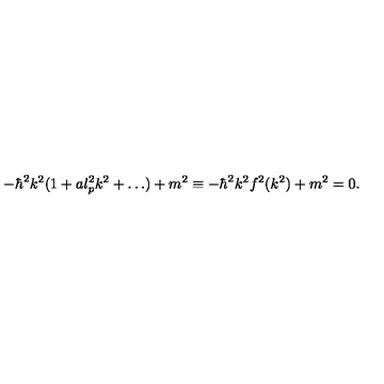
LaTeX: - \hbar ^ { 2 } k ^ { 2 } ( 1 + a l _ { p } ^ { 2 } k ^ { 2 } + \dots ) + m ^ { 2 } \equiv - \hbar ^ { 2 } k ^ { 2 } f ^ { 2 } ( k ^ { 2 } ) + m ^ { 2 } = 0 .